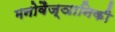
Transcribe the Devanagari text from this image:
मनोवैज्ञानिकी